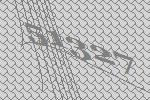
51327